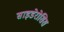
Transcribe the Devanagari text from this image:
साइडेरोसिस